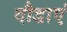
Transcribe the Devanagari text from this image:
दौडाएं